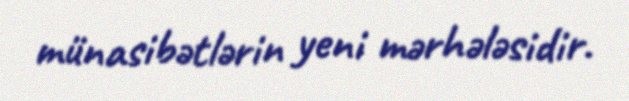
münasibətlərin yeni mərhələsidir.